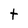
Character: t